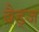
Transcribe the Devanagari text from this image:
बैड्ज